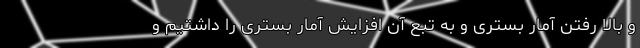
و بالا رفتن آمار بستری و به تبع آن افزایش آمار بستری را داشتیم و